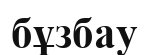
бұзбау